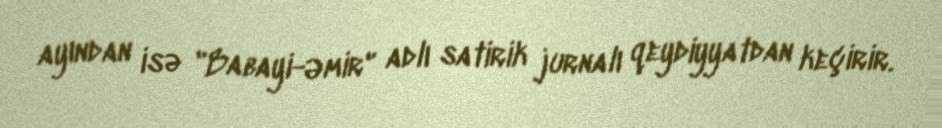
ayından isə "Babayi-Əmir" adlı satirik jurnalı qeydiyyatdan keçirir.